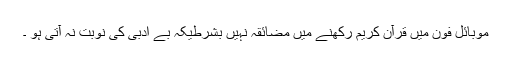
موبائل فون میں قرآنِ کریم رکھنے میں مضائقہ نہیں بشرطیکہ بے ادبی کی نوبت نہ آتی ہو ۔